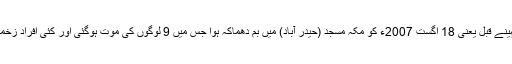
اس سے دو مہینے قبل یعنی 18 اگست 2007ء کو مکہ مسجد (حیدر آباد) میں بم دھماکہ ہوا جس میں 9 لوگوں کی موت ہوگئی اور کئی افراد زخمی ہوئے تھے۔